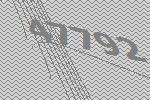
47792